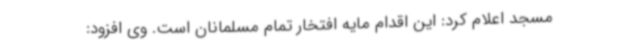
مسجد اعلام کرد: این اقدام مایه افتخار تمام مسلمانان است. وی افزود: